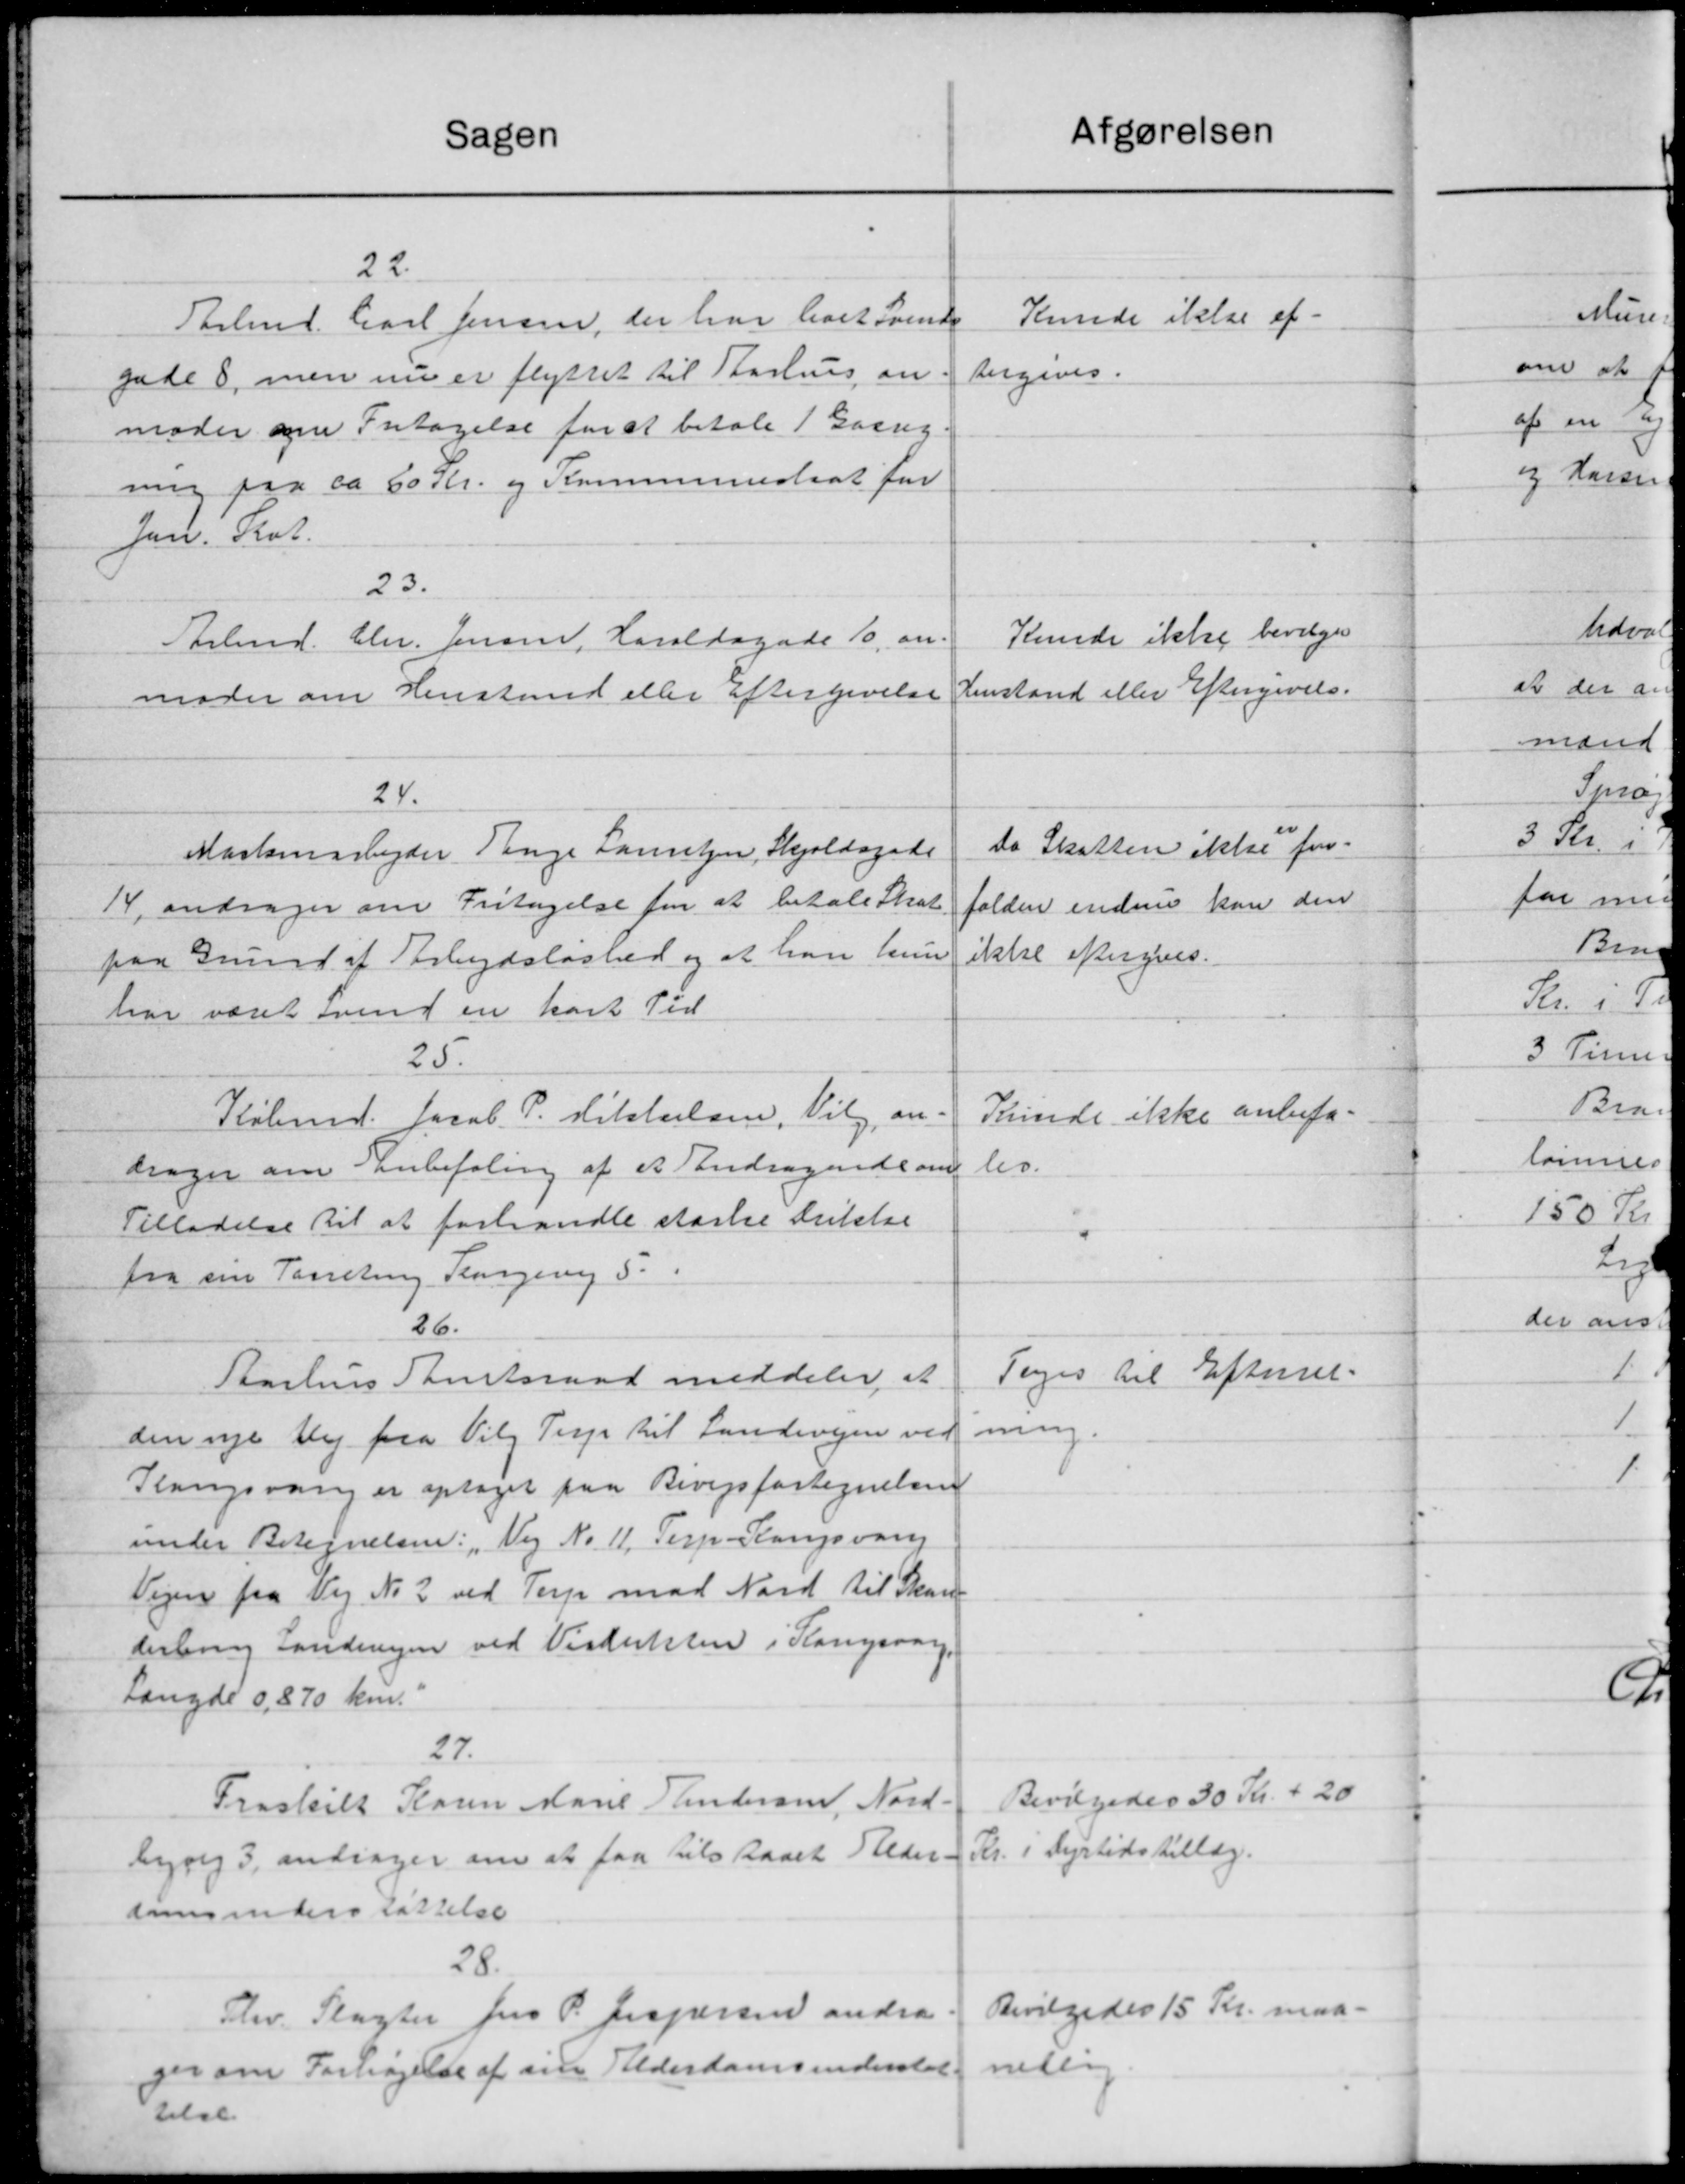
Transskription:
Sagen
22.
Tarbmd. Carl Jensen, der har hart Svende
gade 8, men nu er flyttet til Aarhus an
moder om Fritagelse for at betale 1 Gang
ning paa ca 60 Kr. og Kommunestrat for
Jens Slot.
23.
Arbmd. Chr. Jensen, Haraldsgade 10, an-
moder om Henstand eller eftergivelse
24.
Maskinarbejder Tange Lauritzen, Skjoldagade
14, andrager om Fritagelse fra at betale Skat
paa Grund af Arbejdsløshed og at han kun
har været svend en kort Tid
25.
Købmd. farb. P. Hittelsen, Viby, an-
drager om Anbefaling af et Andragende om
Tilladelse til at forhandle stærke Drikke
fra sin Parseling Slangevej 3.
26.
Aarhus Amtsraad meddeler at
den nye Vej paa Vilg Terp til Landevejen ved
Plangsvang er optaget paa Bivejsfortegnelsen
under Betegnelsen: „Vej No 11, Terp - Slangsvang
Vejen fra Vej No 2 ved Terp mod Nord til Skan-
derbrug Landingen ved Distrikten i Kongsvar
Længde 0,870 km.
27.
Fraskilt Karen Marie Randersen, Nord.
lyng 3, andrager om at faa Tilstaaet Stede.
domsunderstøttelse
28.
Fhv. Slagter Jens P. Jespersen andrag
ger om Forhøjelse af sin Alderdomsunderstøt
telse